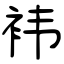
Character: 袆